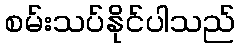
စမ်းသပ်နိုင်ပါသည်